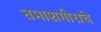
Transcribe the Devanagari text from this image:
तमाशगीराचे